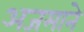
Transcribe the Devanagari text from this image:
अजमाने